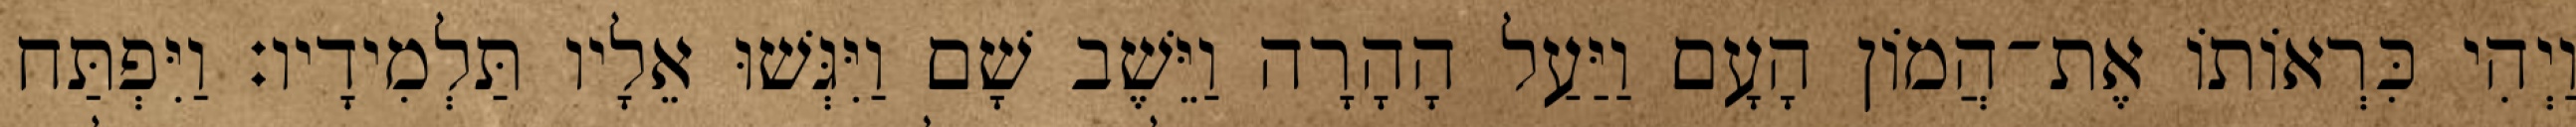
וַיְהִי כִּרְאוֹתוֹ אֶת־הֲמוֹן הָעָם וַיַּעַל הָהָרָה וַיֵּשֶׁב שָׁם וַיִּגְּשׁוּ אֵלָיו תַּלְמִידָיו׃ וַיִּפְתַּח